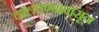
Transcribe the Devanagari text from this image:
चालवण्यापासून